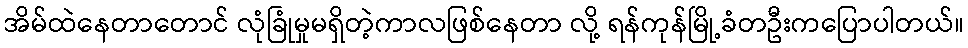
အိမ်ထဲနေတာတောင် လုံခြုံမှုမရှိတဲ့ကာလဖြစ်နေတာ လို့ ရန်ကုန်မြို့ခံတဦးကပြောပါတယ်။